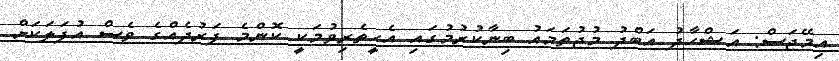
އިމޭޖަސް: އަޝްހާދު އަބްދު މުޖުތަމައު ބިނާކުރުމުގައި އެހީތެރިވުމަކީ ކޮންމެ ފަރުދެއްގެ ވެސް އުފަލަކަށް